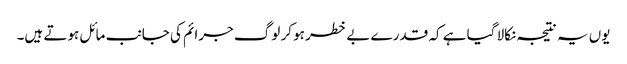
یوں یہ نتیجہ نکالا گیا ہے کہ قدرے بے خطر ہو کر لوگ جرائم کی جانب مائل ہوتے ہیں۔